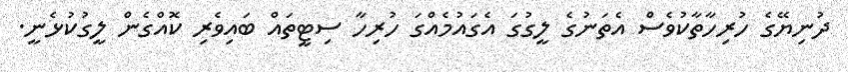
ދުނިޔޭގެ ހުރިހާތާކުވެސް އެތަނުގެ ލީގުގަ އެގައުމެއްގަ ހުރިހާ ސިޓީތައް ބައިވެރި ކޮއްގެން ލީގުކުޅެނީ.